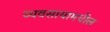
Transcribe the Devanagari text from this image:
व्यवसायामधील